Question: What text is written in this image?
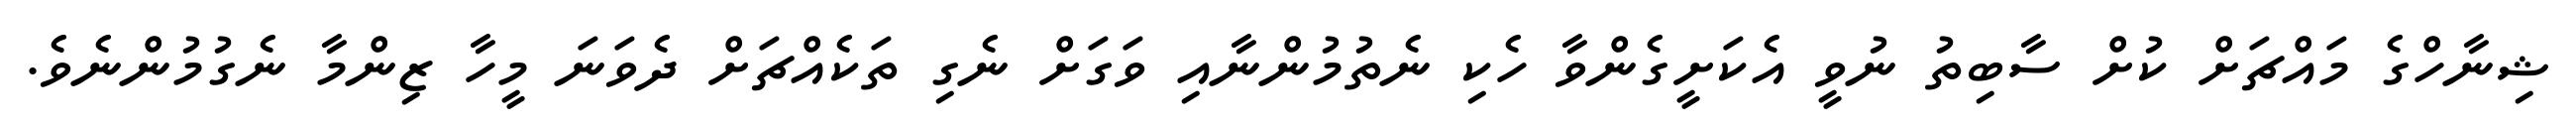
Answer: ޝިނާހްގެ މައްޗަށް ކުށް ސާބިތު ނުވީ އެކަށީގެންވާ ހެކި ނެތުމުންނާއި ވަގަށް ނެގި ތަކެއްޗަށް ދެވަނަ މީހާ ޒިންމާ ނެގުމުންނެވެ.